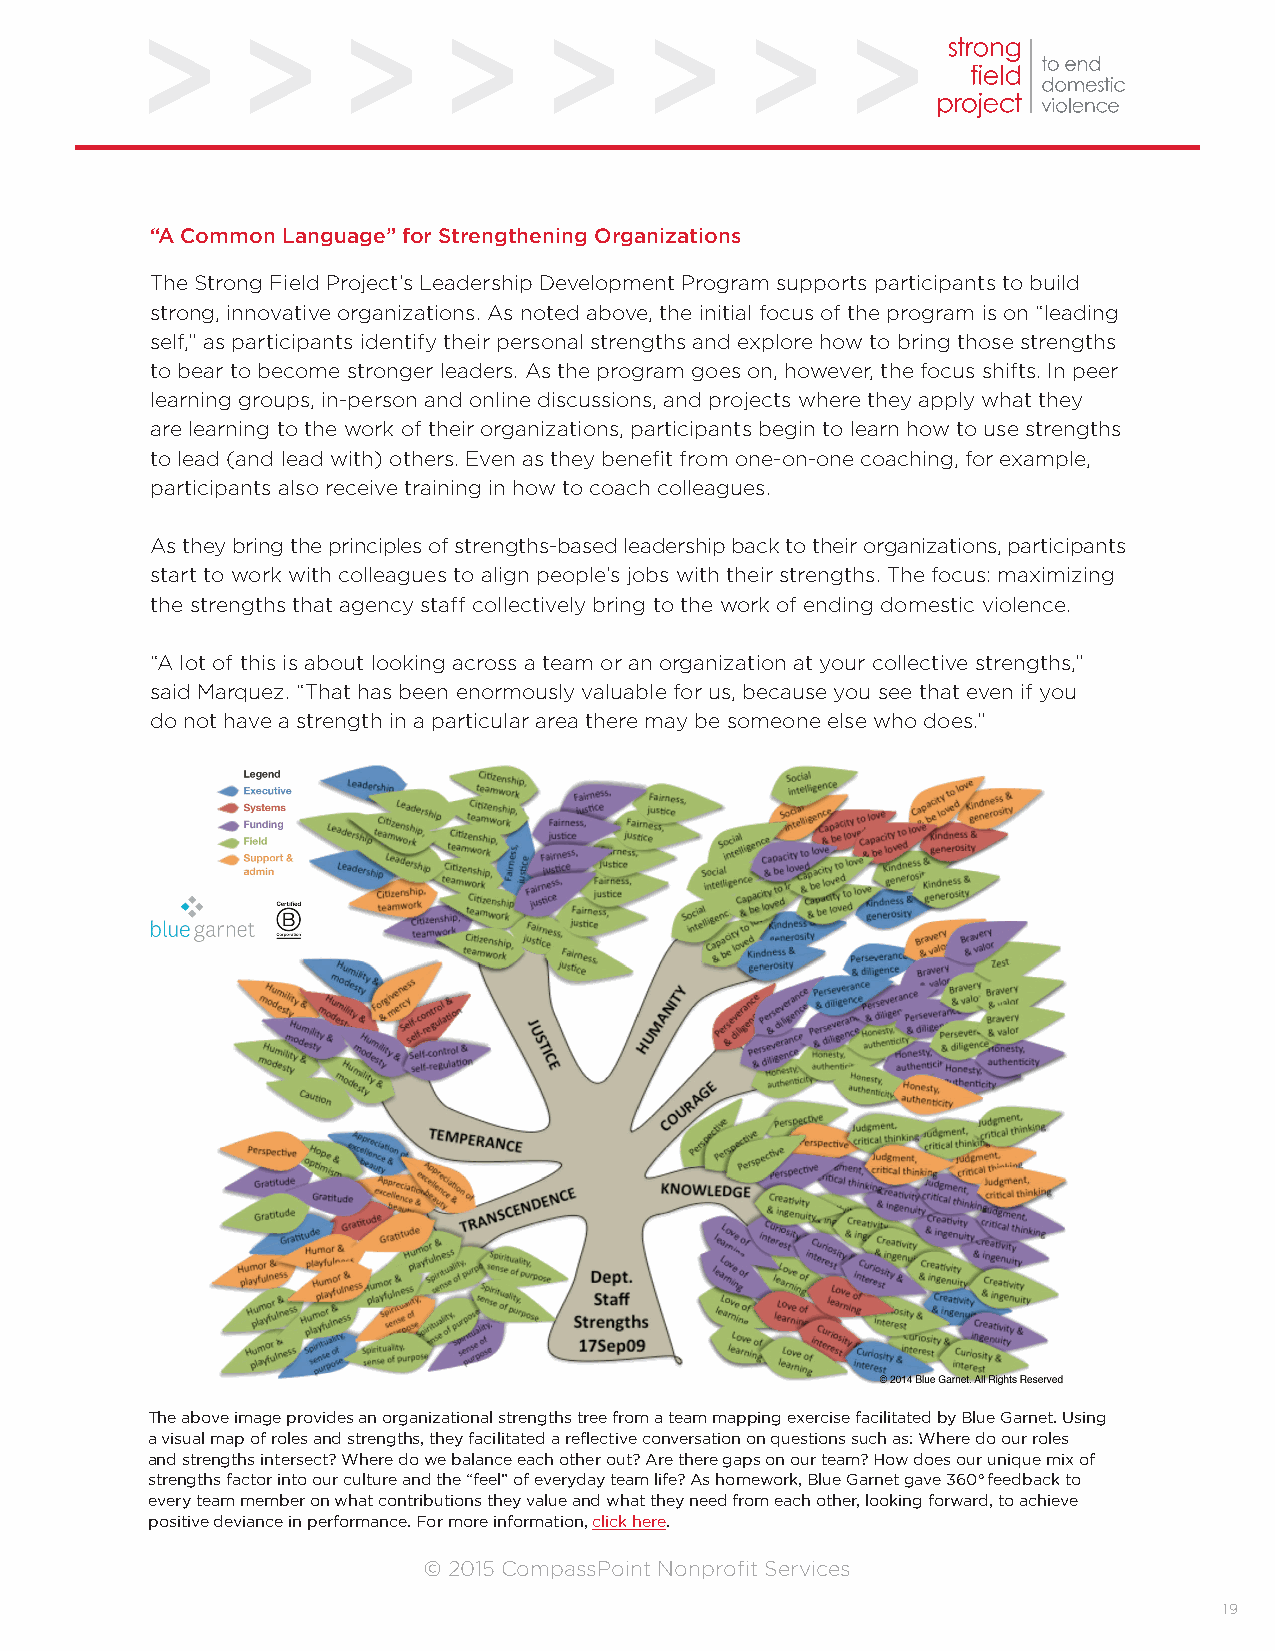
“A Common Language” for Strengthening Organizations
 The Strong Field Project’s Leadership Development Program supports participants to build
 strong, innovative organizations. As noted above, the initial focus of the program is on “leading
 self,” as participants identify their personal strengths and explore how to bring those strengths
 to bear to become stronger leaders. As the program goes on, however, the focus shifts. In peer
 learning groups, in-person and online discussions, and projects where they apply what they
 are learning to the work of their organizations, participants begin to learn how to use strengths
 to lead (and lead with) others. Even as they benefit from one-on-one coaching, for example,
 participants also receive training in how to coach colleagues.
 As they bring the principles of strengths-based leadership back to their organizations, participants
 start to work with colleagues to align people’s jobs with their strengths. The focus: maximizing
 the strengths that agency staff collectively bring to the work of ending domestic violence.
 “A lot of this is about looking across a team or an organization at your collective strengths,”
 said Marquez. “That has been enormously valuable for us, because you see that even if you
 do not have a strength in a particular area there may be someone else who does.”
 The above image provides an organizational strengths tree from a team mapping exercise facilitated by Blue Garnet. Using
 a visual map of roles and strengths, they facilitated a reflective conversation on questions such as: Where do our roles
 and strengths intersect? Where do we balance each other out? Are there gaps on our team? How does our unique mix of
 strengths factor into our culture and the “feel” of everyday team life? As homework, Blue Garnet gave 360 feedback to
 every team member on what contributions they value and what they need from each other, looking forward, to achieve
 positive deviance in performance. For more information, click here.
 © 2015 CompassPoint Nonprofit Services
 19